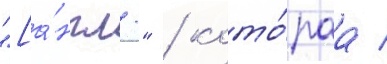
"[а́нгл." / кото́раа /